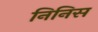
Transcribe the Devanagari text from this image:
निनिस